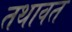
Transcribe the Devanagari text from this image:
तथावत